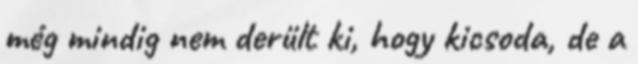
még mindig nem derült ki, hogy kicsoda, de a